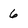
Character: 6